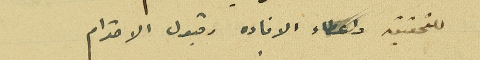
للتحقيق واعطاء الافاده وقبول الاحترام